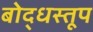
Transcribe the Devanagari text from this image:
बोद्धस्तूप